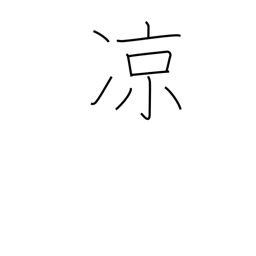
Meaning: nice and cool